Plague in India, 1896, 1897 - Volume 3
Year: 1896
Disease focus: Plague
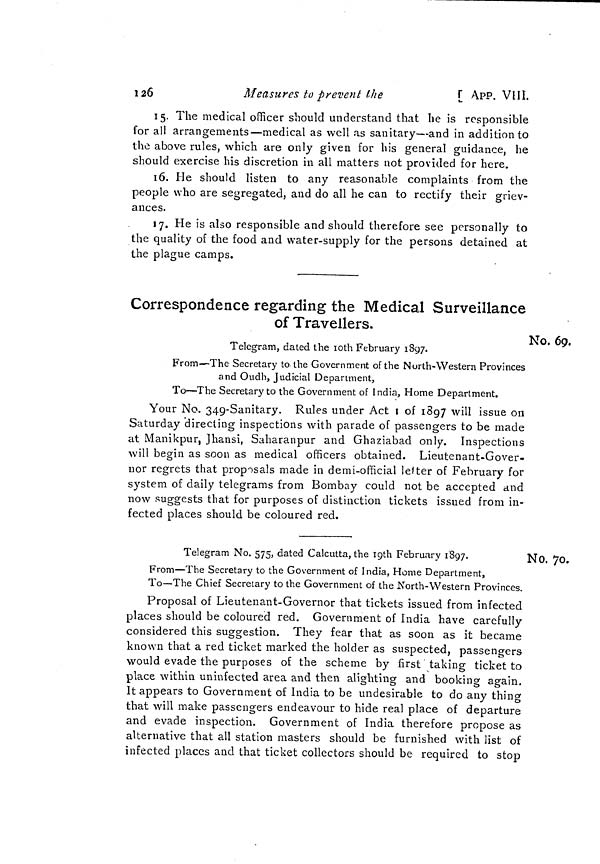
120
Measures to prevent Ike
[ APP. VIII.
15. The medical officer should understand that he is responsible
for all arrangements—medical as well as sanitary—and in addition to
the above rules, which are only given for his general guidance, he
should exercise his discretion in all matters not provided for here.
16. He should listen to any reasonable complaints from the
people who are segregated, and do all he can to rectify their griev-
ances.
17. He is also responsible and should therefore see personally to
the quality of the food and water-supply for the persons detained at
the plague camps.
Correspondence regarding the Medical Surveillance
of Travellers.
No. 69.
Telegram, dated the loth February 1897.
From—The Secretary to the Government of the North-Western Provinces
and Oudh, Judicial Department,
To—The Secretary to the Government of India, Home Department.
Your No. 349-Sanitary. Rules under Act i of 1897 will issue on
Saturday directing inspections with parade of passengers to be made
at Manikpur, Jhansi, Saharanpur and Ghaziabad only. Inspections
will begin as soon as medical officers obtained. Lieutenant-Gover-
O
nor regrets that proposals made in demi-official leUer of February for
system of daily telegrams from Bombay could not be accepted and
now suggests that for purposes of distinction tickets issued from in-
fected places should be coloured red.
No. 70.
Telegram No. 575, dated Calcutta, the igth February 1897.
From—The Secretary to the Government of India, Home Department,
To—The Chief Secretary to the Government of the North-Western Provinces.
Proposal of Lieutenant-Governor that tickets issued from infected
places should be coloured red. Government of India have carefully
considered this suggestion. They fear that as soon as it became
known that a red ticket marked the holder as suspected, passengers
would evade the purposes of the scheme by first taking ticket to
place within uninfected area and then alighting and booking again.
It appears to Government of India to be undesirable to do any thing
that will make passengers endeavour to hide real place of departure
and evade inspection. Government of India therefore propose as
alternative that all station masters should be furnished with list of
infected places and that ticket collectors should be required to stop